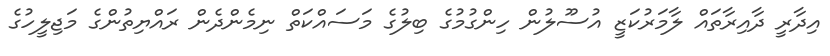
އިދާރީ ދާއިރާތައް ލާމަރުކަޒީ އުސޫލުން ހިންގުމުގެ ބިލުގެ މަސައްކަތް ނިމެންދެން ރައްޔިތުންގެ މަޖިލީހުގެ